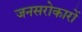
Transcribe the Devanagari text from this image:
जनसरोकारों